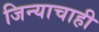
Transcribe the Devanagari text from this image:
जिन्याचाही